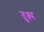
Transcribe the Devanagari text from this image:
तुक्ष्य